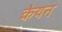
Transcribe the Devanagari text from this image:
केयन